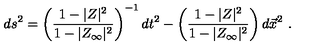
d s ^ { 2 } = \left( { \frac { 1 - | Z | ^ { 2 } } { 1 - | Z _ { \infty } | ^ { 2 } } } \right) ^ { - 1 } d t ^ { 2 } - \left( { \frac { 1 - | Z | ^ { 2 } } { 1 - | Z _ { \infty } | ^ { 2 } } } \right) d \vec { x } ^ { 2 } \ .